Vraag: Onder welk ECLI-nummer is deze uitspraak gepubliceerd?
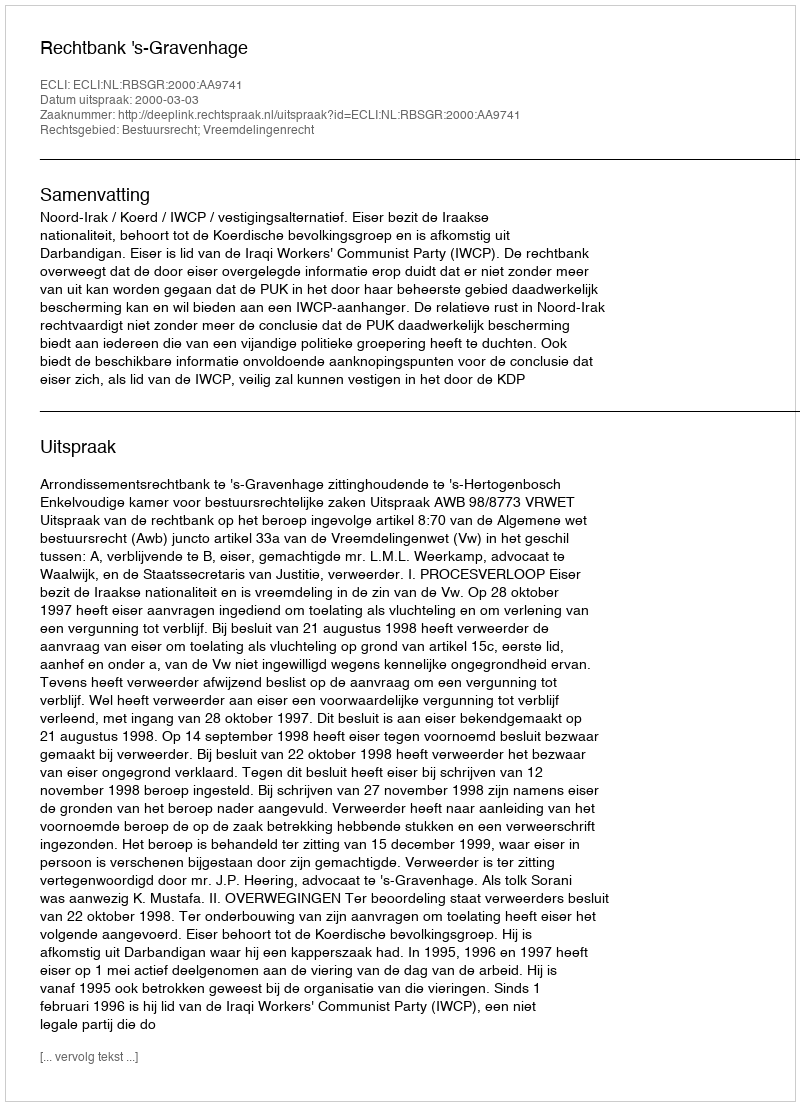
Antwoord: ECLI:NL:RBSGR:2000:AA9741